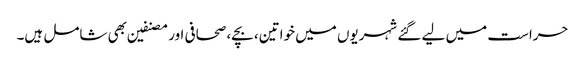
حراست میں لیے گئے شہریوں میں خواتین، بچے، صحافی اور مصنفین بھی شامل ہیں۔